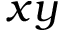
x y